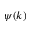
\psi ( k )